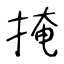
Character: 掩